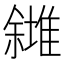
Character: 𠐸